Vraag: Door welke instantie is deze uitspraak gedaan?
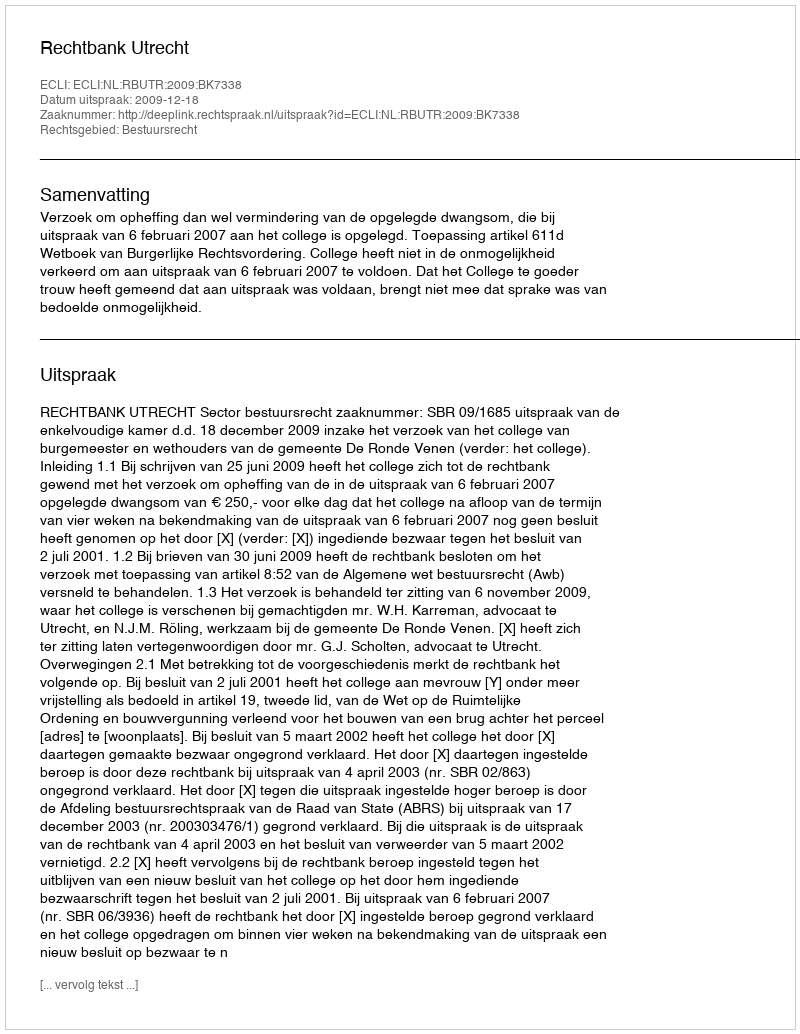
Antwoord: Rechtbank Utrecht